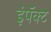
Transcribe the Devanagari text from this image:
इंपॅक्ट